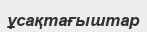
ұсақтағыштар